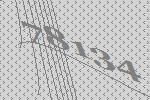
78134